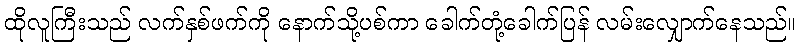
ထိုလူကြီးသည် လက်နှစ်ဖက်ကို နောက်သို့ပစ်ကာ ခေါက်တုံ့ခေါက်ပြန် လမ်းလျှောက်နေသည်။